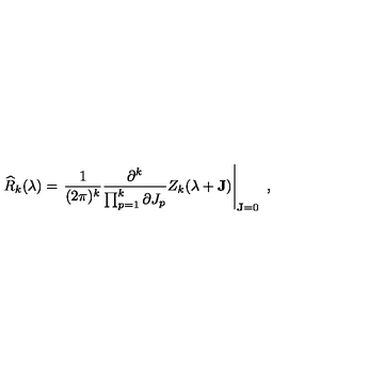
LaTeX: \widehat { R } _ { k } ( \mathrm { \boldmath \lambda \unboldmath } ) = \left. \frac { 1 } { ( 2 \pi ) ^ { k } } \frac { \partial ^ { k } } { \prod _ { p = 1 } ^ { k } \partial J _ { p } } Z _ { k } ( \mathrm { \boldmath \lambda \unboldmath } + { \bf J } ) \right| _ { { \bf J } = 0 } \ ,